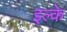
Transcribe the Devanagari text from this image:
इल्‍के